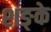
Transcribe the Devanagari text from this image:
शङ्के